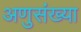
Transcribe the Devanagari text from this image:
अणुसंख्या